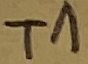
Text: T1